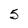
Character: 5